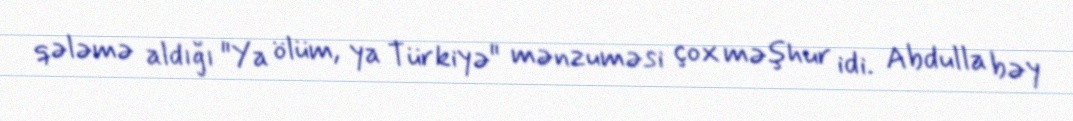
qələmə aldığı "Ya ölüm, ya Türkiyə" mənzuməsi çox məşhur idi. Abdulla bəy